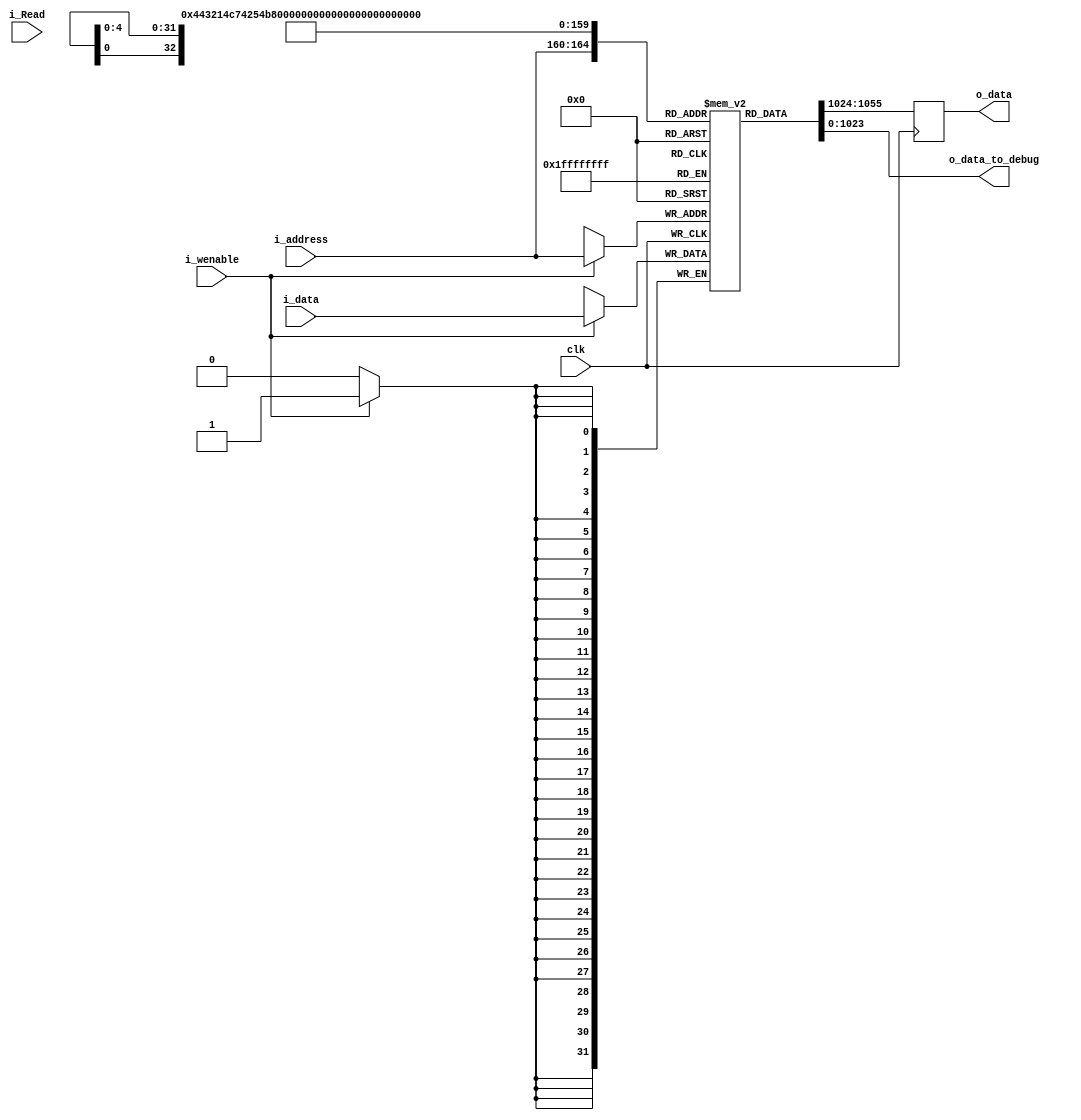
`timescale 1ns / 1ps


module data_memory(
        input wire clk,
        input wire i_Read,
        input wire i_wenable,
        input wire [4:0] i_address,
        input wire [31:0] i_data,
        output reg [31:0] o_data,
        output wire [1023 : 0] o_data_to_debug
    );
    reg [31:0]memory[0:31];
    //initial begin
    //    $readmemb("clear_register.mem", memory);
    //end

    always@(posedge clk) begin
        if(i_wenable) begin
            memory[i_address] <= i_data;
        end
    end
    always@(negedge clk) begin
        o_data <= memory[i_address];
    end

    assign o_data_to_debug = { memory[0],
                               memory[1],
                               memory[2],
                               memory[3],
                               memory[4],
                               memory[5],
                               memory[6],
                               memory[7],
                               memory[8],
                               memory[9],
                               memory[10],
                               memory[11],
                               memory[12],
                               memory[13],
                               memory[14],
                               memory[15],
                               memory[16],
                               memory[17],
                               memory[18],
                               memory[19],
                               memory[20],
                               memory[21],
                               memory[22],
                               memory[23],
                               memory[24],
                               memory[25],
                               memory[26],
                               memory[27],
                               memory[28],
                               memory[29],
                               memory[30],
                               memory[31]};
endmodule